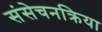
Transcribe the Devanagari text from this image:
संसेचनक्रिया